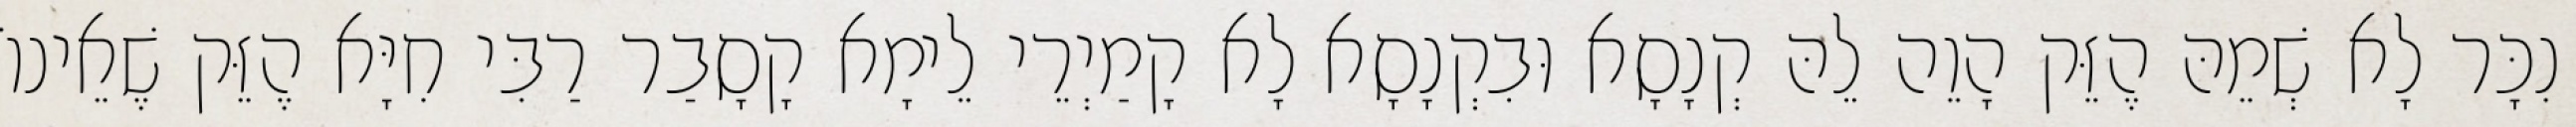
נִכָּר לָא שְׁמֵהּ הֶזֵּק הָוֵה לֵהּ קְנָסָא וּבִקְנָסָא לָא קָמַיְרֵי לֵימָא קָסָבַר רַבִּי חִיָּא הֶזֵּק שֶׁאֵינוֹ